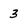
Character: 3